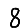
Digit: 8